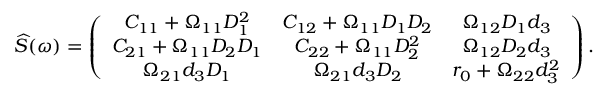
\widehat { S } ( \omega ) = \left( \begin{array} { c c c } { C _ { 1 1 } + \Omega _ { 1 1 } D _ { 1 } ^ { 2 } } & { C _ { 1 2 } + \Omega _ { 1 1 } D _ { 1 } D _ { 2 } } & { \Omega _ { 1 2 } D _ { 1 } d _ { 3 } } \\ { C _ { 2 1 } + \Omega _ { 1 1 } D _ { 2 } D _ { 1 } } & { C _ { 2 2 } + \Omega _ { 1 1 } D _ { 2 } ^ { 2 } } & { \Omega _ { 1 2 } D _ { 2 } d _ { 3 } } \\ { \Omega _ { 2 1 } d _ { 3 } D _ { 1 } } & { \Omega _ { 2 1 } d _ { 3 } D _ { 2 } } & { r _ { 0 } + \Omega _ { 2 2 } d _ { 3 } ^ { 2 } } \end{array} \right) .